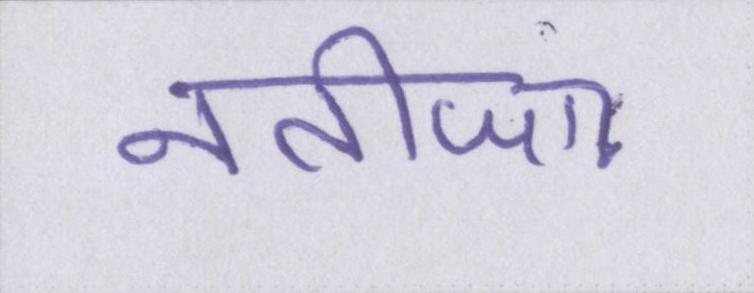
नतीजा